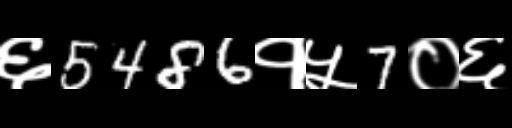
Text: ६5486१५7०६